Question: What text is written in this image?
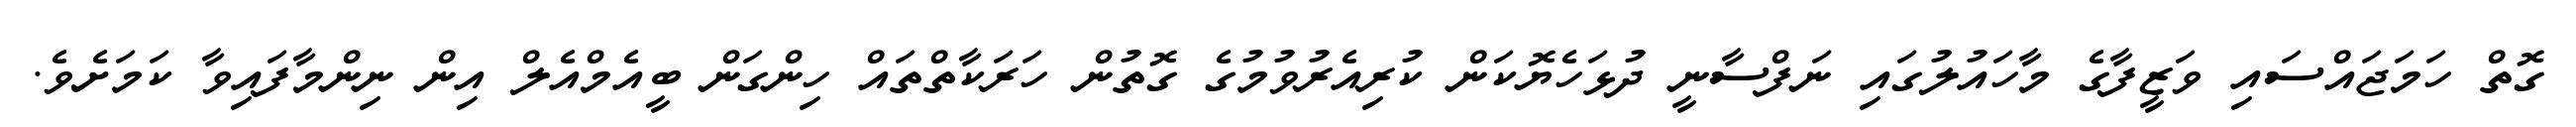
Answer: ގޮތް ހަމަޖައްސައި ވަޒީފާގެ މާހައުލުގައި ނަފްސާނީ ދުޅަހެޔޮކަން ކުރިއެރުވުމުގެ ގޮތުން ހަރަކާތްތައް ހިންގަން ބީއެމްއެލް އިން ނިންމާފައިވާ ކަމަށެވެ.